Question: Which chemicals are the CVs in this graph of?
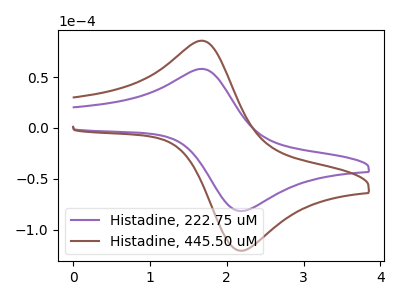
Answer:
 <answer>The purple curve is labeled "Histadine, 222.75 uM". The brown curve is labeled "Histadine, 445.50 uM".</answer>
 <eval></eval>